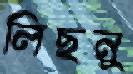
লিছনু